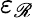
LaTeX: \varepsilon_{\mathscr{R}}